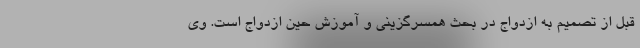
قبل از تصمیم به ازدواج در بحث همسرگزینی و آموزش حین ازدواج است. وی